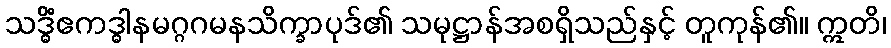
သဒ္ဓိံဧကဒ္ဓါနမဂ္ဂဂမနသိက္ခာပုဒ်၏ သမုဋ္ဌာန်အစရှိသည်နှင့် တူကုန်၏။ ဣတိ၊